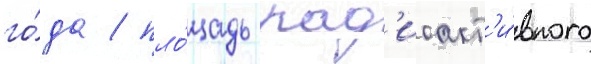
го́да / пло́щадь рад'иоакт'и́вного